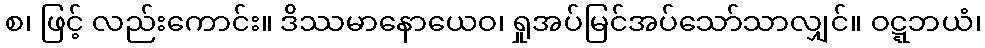
စ၊ ဖြင့် လည်းကောင်း။ ဒိဿမာနောယေဝ၊ ရှုအပ်မြင်အပ်သော်သာလျှင်။ ဝဋ္ဋဘယံ၊